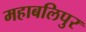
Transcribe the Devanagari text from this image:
महाबलिपुर